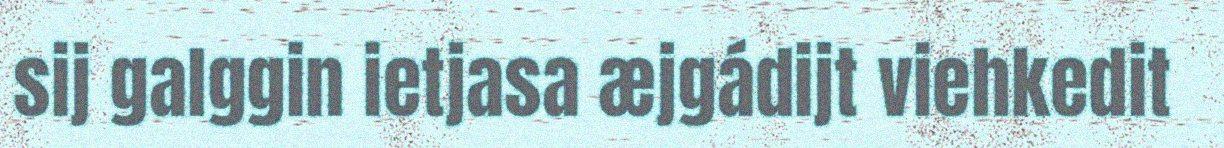
sij galggin ietjasa æjgádijt viehkedit